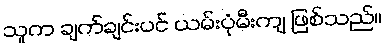
သူက ချက်ချင်းပင် ယမ်းပုံမီးကျ ဖြစ်သည်။